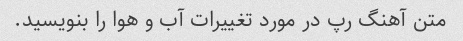
متن آهنگ رپ در مورد تغییرات آب و هوا را بنویسید.